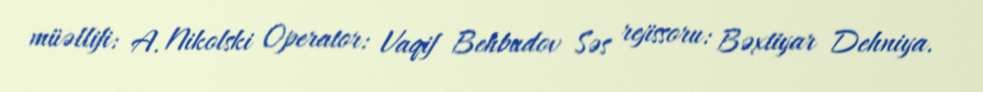
müəllifi: A. Nikolski Operator: Vaqif Behbudov Səs rejissoru: Bəxtiyar Dehniya.